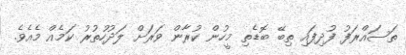
ތަސައްރަފު ފުދިފައި ތިބޭ ބޮޑެތި މީހުން ކުރާން ވަރަށް ލަދުހުތުރު ކަމެއް މެއެވެ.